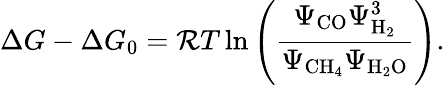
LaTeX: \Delta G-\Delta G_{0}={\cal R}T\ln{\left(\frac{\Psi_{\mathrm{CO}}\Psi_{\mathrm{H_{2}}}^{3}}{\Psi_{\mathrm{CH_{4}}}\Psi_{\mathrm{H_{2}O}}}\right)}.